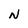
Character: N